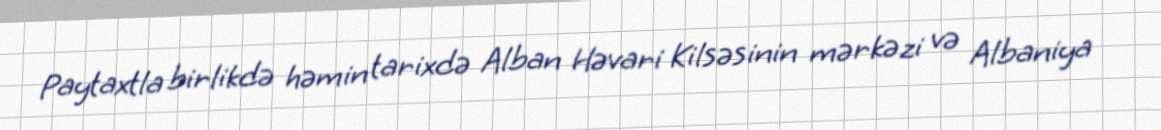
Paytaxtla birlikdə həmin tarixdə Alban Həvari Kilsəsinin mərkəzi və Albaniya